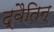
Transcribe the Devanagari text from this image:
द्वैतिन्